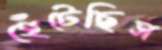
হেঁটেছিস